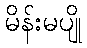
မိန်းမပျို